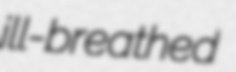
ill-breathed